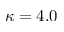
\kappa = 4 . 0